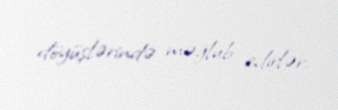
döyüşlərində məğlub edirlər.